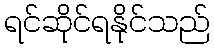
ရင်ဆိုင်ရနိုင်သည်